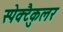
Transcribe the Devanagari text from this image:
स्पेक्टैकुलर